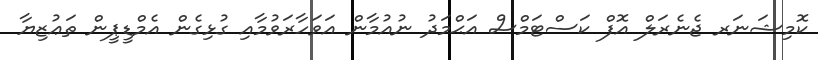
ކޮމިޝަނަރ ޖެނެރަލް އޮފް ކަސްޓަމްސް އަޙްމަދު ނުއުމާން އަވަހާރަވުމާއި ގުޅިގެން އެމްޑީޕީން ތަޢުޒިޔާ